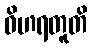
ဝိဟရတူတိ